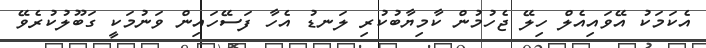
އެކަމަކު އޭވައިއެލް ހިލޭ ޖެހުމުން ކާމިޔާބުކުރި ލަނޑު އެހާ ފަސޭހައިން ވަނުމަކީ ގަބޫލުކުރެވޭ